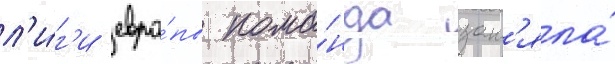
л'и́г'и евро́пы кома́нда зан'яла́